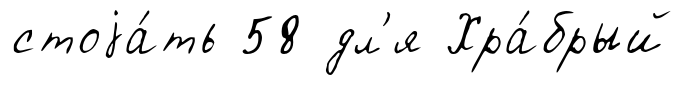
стоjа́ть 58 дл'я Хра́брый